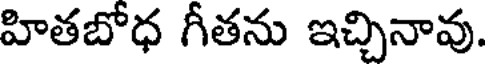
హితబోధ గీతను ఇచ్చినావు.